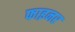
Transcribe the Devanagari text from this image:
फाइनर